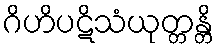
ဂိဟိပဋိသံယုတ္တန္တိ